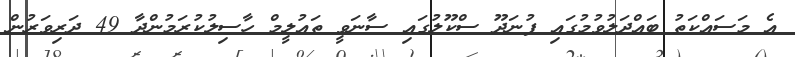
އެ މަސައްކަތު ބައްދަލުވުމުގައި ފުނަދޫ ސްކޫލުގައި ސާނަވީ ތައުލީމް ހާސިލުކުރަމުންދާ 49 ދަރިވަރުން